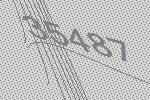
35487